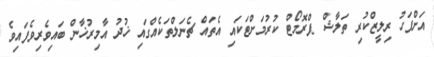
އަށްފަހު ރިލީޒްކުރި ތަލާޝް ޕްރޮމޯޓް ކުރުމަށްޓަކައި އެތައް ޗެނަލްތަކެއްގައި ޚުދު އާމިރުޚާން ބައިވެރިވެފައިވެ